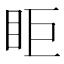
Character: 𥄷